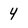
Character: 4